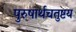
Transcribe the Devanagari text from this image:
पुरुषार्थचतुष्टय